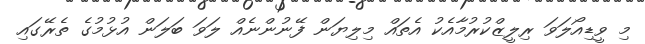
މި ވީޑިއޯލަވަ ރިލީޒްކުރުމާއެކު އެތައް މިލިޔަން ފޭނުންނެއް ލަވަ ބަލަން އުޅުމުގެ ތެރޭގައި